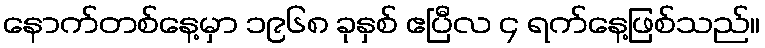
နောက်တစ်နေ့မှာ ၁၉၆၈ ခုနှစ် ဧပြီလ ၄ ရက်နေ့ဖြစ်သည်။